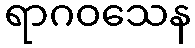
ရာဂဝသေန